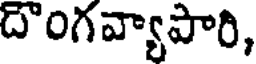
దొంగవ్యాపారి,